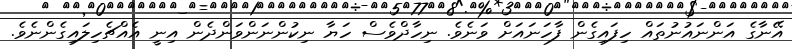
އޭނާގެ އަންނައުނުތައް ހިފައިގެން ފާހަނައަށް ވަނެވެ. ނިހާދްވެސް ހަޔާ ނިކުންނަންވަންދެން އިނީ އެއްޗެހިލައިގެންނެވެ.